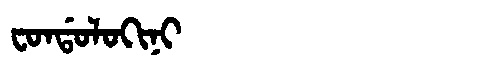
Manchu: ᠸᠣᠨᡩᠣᠯᠣᡴᡳᠨᡳ
Romanization: FONDOLOKINI